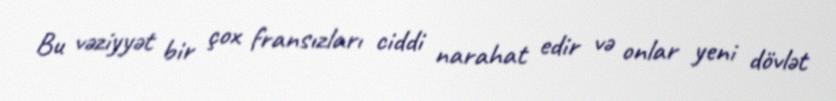
Bu vəziyyət bir çox fransızları ciddi narahat edir və onlar yeni dövlət